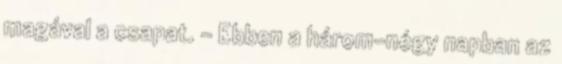
magával a csapat. – Ebben a három-négy napban az